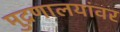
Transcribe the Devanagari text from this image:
मुद्रणालयांवर